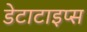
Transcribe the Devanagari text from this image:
डेटाटाइप्स